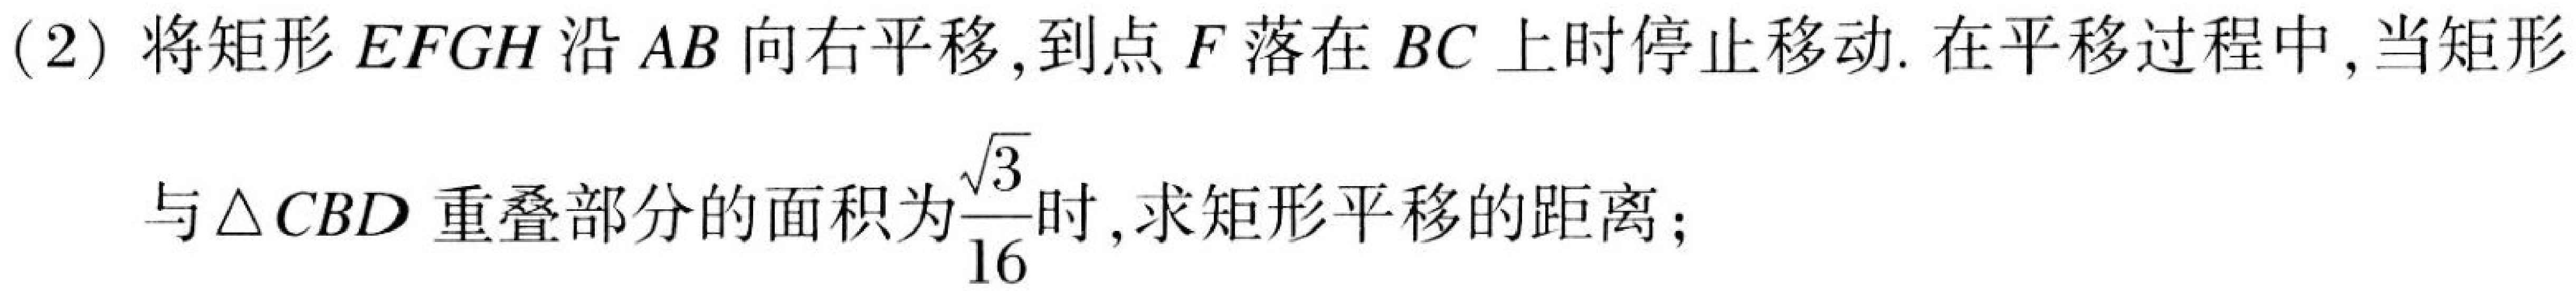
(2) 将矩形\(EFGH\)沿\(AB\)向右平移,到点\(F\)落在\(BC\)上时停止移动. 在平移过程中,当矩形与\(\triangle CBD\)重叠部分的面积为\(\frac{\sqrt{3}}{16}\)时,求矩形平移的距离;